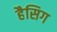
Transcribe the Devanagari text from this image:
हैसिग